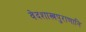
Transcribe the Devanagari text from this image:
वेदशास्त्रपुराणानि